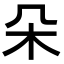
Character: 朵